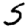
Digit: 5